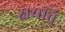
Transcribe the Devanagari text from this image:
क्षयति